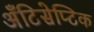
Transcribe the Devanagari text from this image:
अँटिसेप्टिक